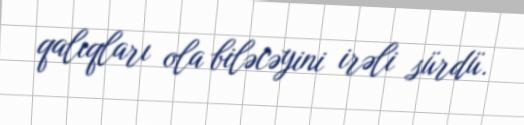
qalıqları ola biləcəyini irəli sürdü.